Scottish Leaving Certificate Examination, 1958
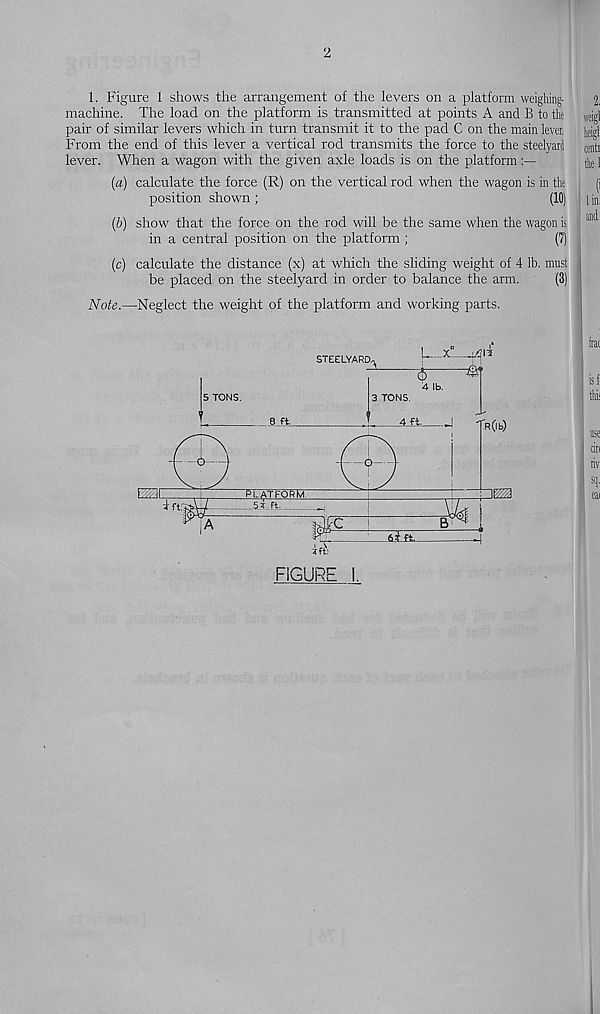
2
1. Figure 1 shows the arrangement of the levers on a platform weighing-
2,
machine. The load on the platform is transmitted at points A and B to the we igl
pair of similar levers which in turn transmit it to the pad C on the main lever, hag)
From the end of this lever a vertical rod transmits the force to the steelyard cen ti
lever. When a wagon with the given axle loads is on the platform
(lie 1
[a) calculate the force (R) on the vertical rod when the wagon is in the
(j
position shown ;
(10) i in,
(5) show that the force on the rod will be the same when the wagon is ^
in a central position on the platform ;
(7)
(c) calculate the distance (x) at which the sliding weight of 4 lb. must
be placed on the steelyard in order to balance the arm.
(3)
Note.—Neglect the weight of the platform and working parts.
for
is!
thi
use
cin
riv
h
eai